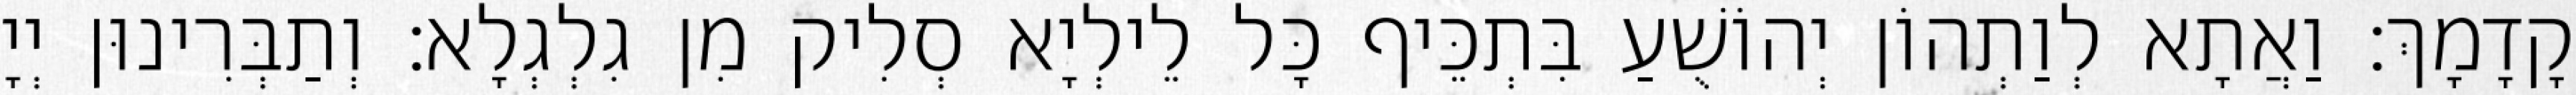
קָדָמָךְ׃ וַאֲתָא לְוַתְהוֹן יְהוֹשֻׁעַ בִּתְכֵּיף כָּל לֵילְיָא סְלִיק מִן גִלְגְלָא׃ וְתַבְּרִינוּן יְיָ